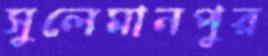
সুলেমানপুর